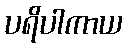
ပရိပါကာယ